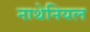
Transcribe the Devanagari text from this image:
नाथेनियल